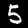
Digit: 5